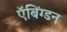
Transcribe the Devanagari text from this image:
ऍबिंग्डन